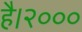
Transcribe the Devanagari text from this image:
है।२०००